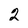
Character: 2